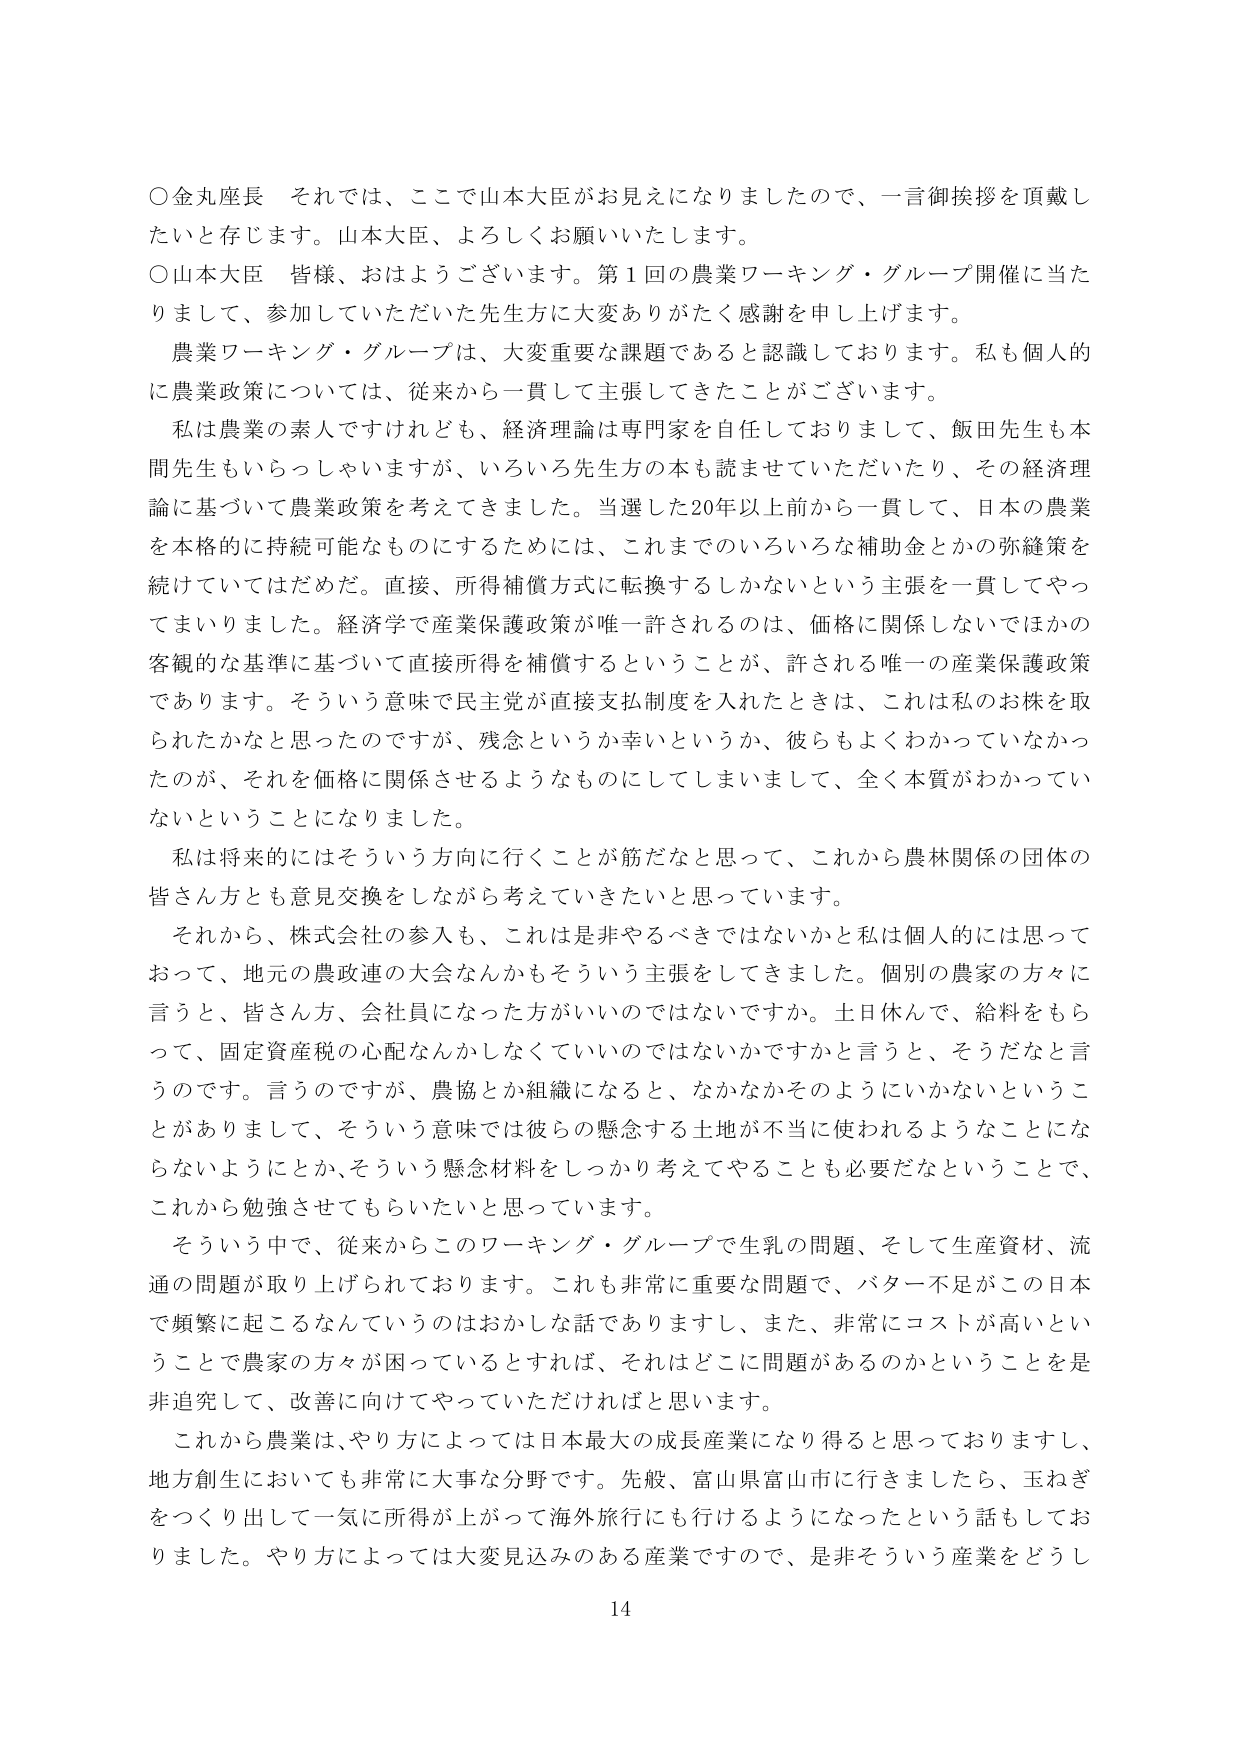
○金丸座長　それでは、ここで山本大臣がお見えになりましたので、一言御挨拶を頂戴したいと存じます。山本大臣、よろしくお願いいたします。

○山本大臣　皆様、おはようございます。第1回の農業ワーキング・グループ開催に当たりまして、参加していただいた先生方に大変ありがたく感謝を申し上げます。

　農業ワーキング・グループは、大変重要な課題であると認識しております。私も個人的に農業政策については、従来から一貫して主張してきたことがございます。

　私は農業の素人ですけれども、経済理論は専門家を自任しておりまして、飯田先生も本間先生もいらっしゃいますが、いろいろ先生方の本も読ませていただいたり、その経済理論に基づいて農業政策を考えてきました。当選した20年以上前から一貫して、日本の農業を本格的に持続可能なものにするためには、これまでのいろいろな補助金とかの弥縫策を続けていてはだめだ。直接、所得補償方式に転換するしかないという主張を一貫してやってまいりました。経済学で産業保護政策が唯一許されるのは、価格に関係しないでほかの客観的な基準に基づいて直接所得を補償するということが、許される唯一の産業保護政策であります。そういう意味で民主党が直接支払制度を入れたときは、これは私のお株を取られたかなと思ったのですが、残念というか幸いというか、彼らもよくわかっていなかったのが、それを価格に関係させるようなものにしてしまって、全く本質がわかっていないうちになりました。

　私は将来的にはそういう方向に行くことが筋だなと思って、これから農林関係の団体の皆さん方とも意見交換をしながら考えていきたいと思っています。

　それから、株式会社の参入も、これは是非やるべきではないかと私は個人的には思っておって、地元の農政連の大会なんかもそういう主張をしてきました。個別の農家の方々に言うと、皆さん方、会社員になった方がいいのではないですか。土日休んで、給料をもらって、固定資産税の心配なんかしなくていいのではないですかと言うと、そうだなと言うのです。言うのですが、農協とか組織になると、なかなかそのようにいかないということがありますまして、そういう意味では彼らの懸念する土地が不当に使われるようにならないようにとか、そういう懸念材料をしっかり考えてやることも必要だということで、これから勉強させてもらいたいと思っています。

　そういう中で、従来からこのワーキング・グループで生乳の問題、そして生産資材、流通の問題が取り上げられております。これも非常に重要な問題で、バター不足がこの日本で頻繁に起こるなんていうのはおかしな話でありますし、また、非常にコストが高いということで農家の方々が困っているとすれば、それはどこに問題があるのかということを是非追究して、改善に向けてやっていただければと思います。

　これから農業は、やり方によっては日本最大の成長産業になり得ると思っておりますし、地方創生においても非常に大事な分野です。先般、富山県富山市に行きましたら、玉ねぎをつくり出して一気に所得が上がって海外旅行にも行けるようになったという話をしておりました。やり方によっては大変見込みのある産業ですので、是非そういう産業をどうし

14